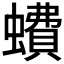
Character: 𧑈